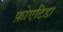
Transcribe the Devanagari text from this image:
फ़ोएटिडा